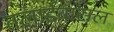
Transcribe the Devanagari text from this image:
तलाईवासल